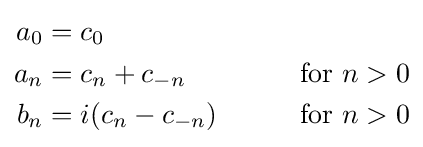
{\begin{aligned}a_{0}&=c_{0}&\\a_{n}&=c_{n}+c_{-n}\qquad &{\textrm {for}}~n>0\\b_{n}&=i(c_{n}-c_{-n})\qquad &{\textrm {for}}~n>0\end{aligned}}